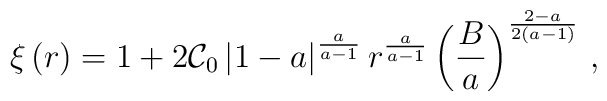
\xi \left( r\right) =1+2\mathcal{C}_{0}\left| 1-a\right|^{\frac{a}{a-1}}r^{\frac{a}{a-1}}\left( \frac{B}{a}\right)^{\frac{2-a}{2\left( a-1\right) }}\,,